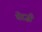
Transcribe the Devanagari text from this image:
घेरज़ी